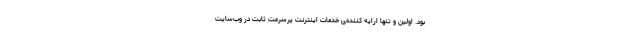
بود. اولین و تنها ارایه کننده‌ی خدمات اینترنت پرسرعت ثابت در وب‌سایت